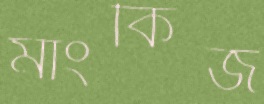
মাংকিজ